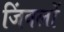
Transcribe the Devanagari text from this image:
जिंबलों